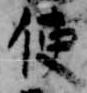
使